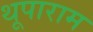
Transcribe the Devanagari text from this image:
थूपाराम